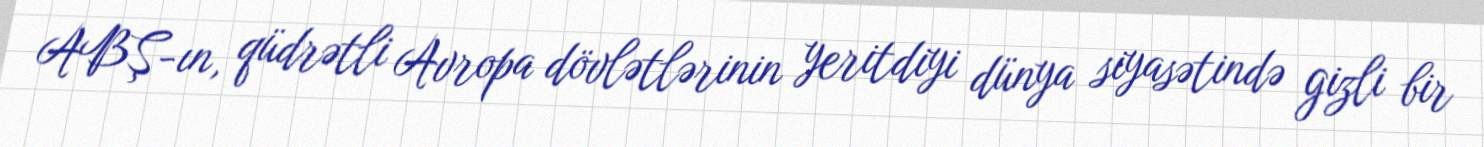
ABŞ-ın, qüdrətli Avropa dövlətlərinin yeritdiyi dünya siyasətində gizli bir